Lunatic asylums Punjab 1895-1910 - 1895-1910
Year: 1895
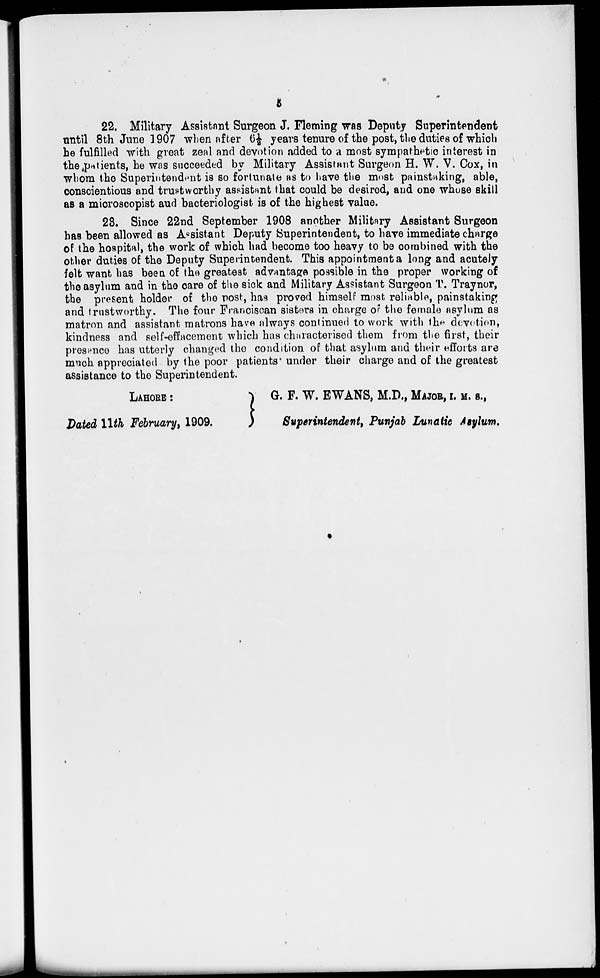
5
22. Military Assistant Surgeon J. Fleming was Deputy Superintendent
until 8th June 1907 when after 6½ years tenure of the post, the duties of which
he fulfilled with great zeal and devotion added to a most sympathetic interest in
the patients, he was succeeded by Military Assistant Surgeon H. W. V. Cox, in
whom the Superintendent is so fortunate as to have the most painstaking, able,
conscientious and trustworthy assistant that could be desired, and one whose skill
as a microscopist and bacteriologist is of the highest value.
23. Since 22nd September 1908 another Military Assistant Surgeon
has been allowed as Assistant Deputy Superintendent, to have immediate charge
of the hospital, the work of which had become too heavy to be combined with the
other duties of the Deputy Superintendent. This appointment a long and acutely
felt want has been of the greatest advantage possible in the proper working of
the asylum and in the care of the sick and Military Assistant Surgeon T. Traynor,
the present holder of the post, has proved himself most reliable, painstaking
and trustworthy. The four Franciscan sisters in charge of the female asylum as
matron and assistant matrons have always continued to work with the devotion,
kindness and self-effacement which has characterised them from the first, their
presence has utterly changed the condition of that asylum and their efforts are
much appreciated by the poor patients under their charge and of the greatest
assistance to the Superintendent.
LAHORE :
G. F. W. EWANS, M.D., MAJOR , I. M. S.,
Dated 11th February,1909.
Superintendent, Punjab Lunatic Asylum.